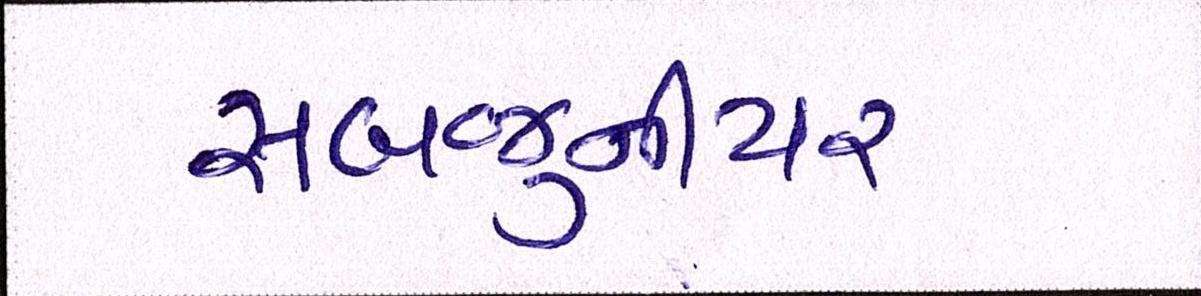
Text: સબજુનીયર